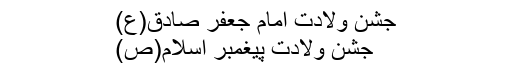
جشن ولادت امام جعفر صادق(ع)
جشن ولادت پیغمبر اسلام(ص)